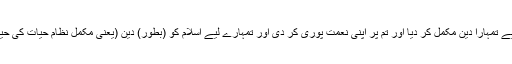
آج میں نے تمہارے لیے تمہارا دین مکمل کر دیا اور تم پر اپنی نعمت پوری کر دی اور تمہارے لیے اسلام کو (بطور) دین (یعنی مکمل نظامِ حیات کی حیثیت سے) پسند کر لیا۔